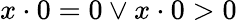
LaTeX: x\cdot 0=0\lor x\cdot 0>0